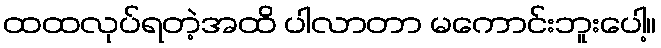
ထထလုပ်ရတဲ့အထိ ပါလာတာ မကောင်းဘူးပေါ့။